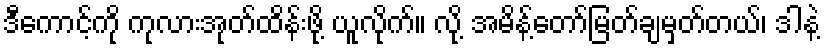
ဒီကောင့်ကို ကုလားအုတ်ထိန်းဖို့ ယူလိုက်။ လို့ အမိန့်တော်မြတ်ချမှတ်တယ်၊ ဒါနဲ့